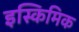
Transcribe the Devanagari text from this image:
इस्किमिक